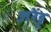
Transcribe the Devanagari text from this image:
अरेंड्ट